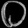
Digit: ၀